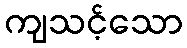
ကျသင့်သော